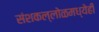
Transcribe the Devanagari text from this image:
संशकल्लोळमध्येही